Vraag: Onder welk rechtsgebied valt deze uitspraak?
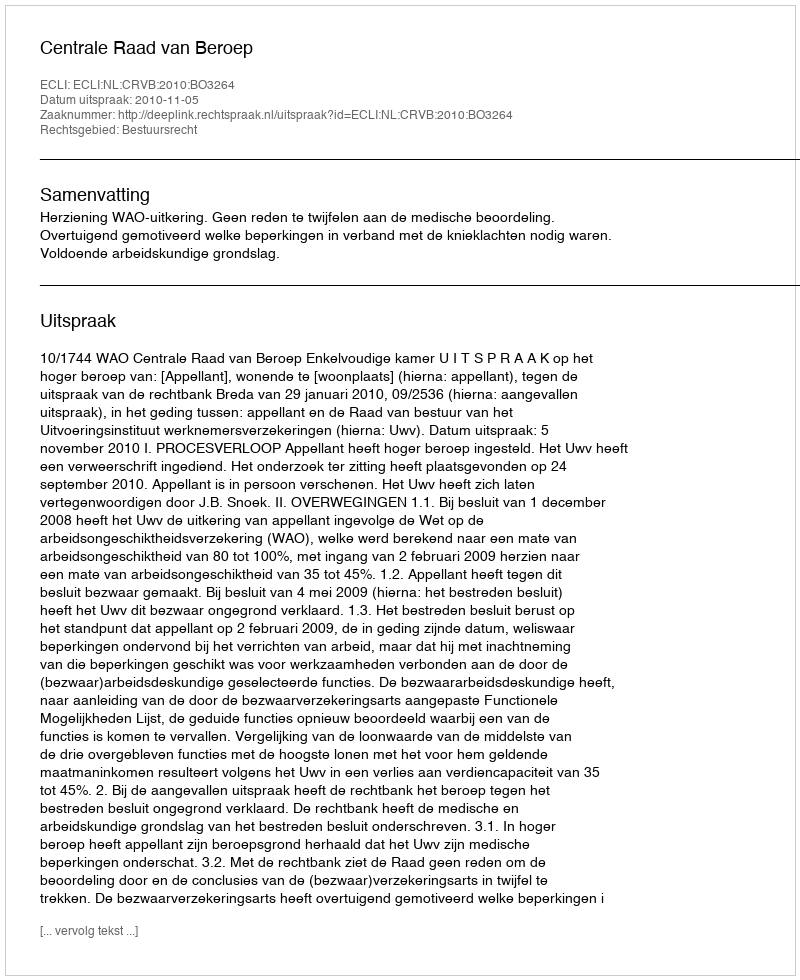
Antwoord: Bestuursrecht